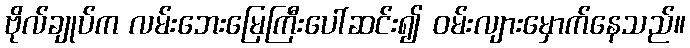
ဗိုလ်ချုပ်က လမ်းဘေးမြေကြီးပေါ်ဆင်း၍ ဝမ်းလျားမှောက်နေသည်။